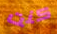
كنت